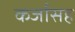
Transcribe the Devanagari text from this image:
कर्जासह